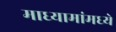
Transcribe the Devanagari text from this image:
माध्यामांमध्ये